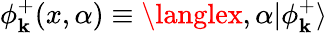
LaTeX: \phi_{\mathbf{k}}^{+}(x,\alpha)\equiv\langlex,\alpha|\phi_{\mathbf{k}}^{+}\rangle